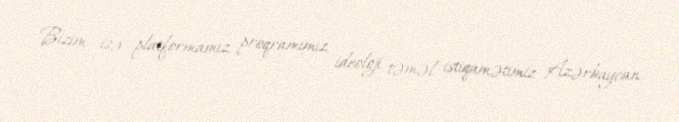
Bizim isə platformamız, proqramımız, ideoloji təməl istiqamətimiz Azərbaycan